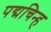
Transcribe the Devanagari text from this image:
पद्मचिन्ह